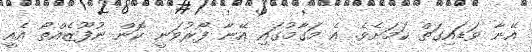
އޭނާ ވަޑައިގަތް ކަމަށެވެ. އެ މަގާމުގައި އޭނާ ފޯރުވަނީ ކޮން ނުފޫޒެއްތޯ އެއީ